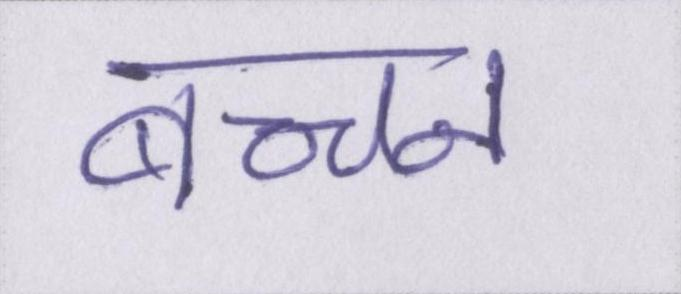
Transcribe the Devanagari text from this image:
बच्चन